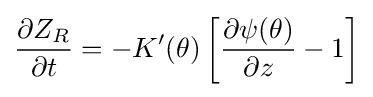
{\frac {\partial Z_{R}}{\partial t}}=-K'(\theta )\left[{\frac {\partial \psi (\theta )}{\partial z}}-1\right]